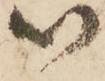
以